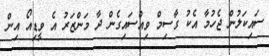
ސައިކަލުން ޖެހުމާ އެކު ގާސިމް ވިއްސައިގެން ދާ މަންޒަރު އެ ވީޑިއޯ އިން